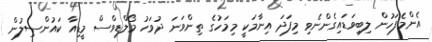
އެންމެފަހުން ލިބިވަޑައިގެންނެވި މިފަދަ އިނާމަކީ މިމަހުގެ ތިންވަނަ ދުވަހު މޯލްޑިވްސް މީޑިއާ ކައުންސިލުން